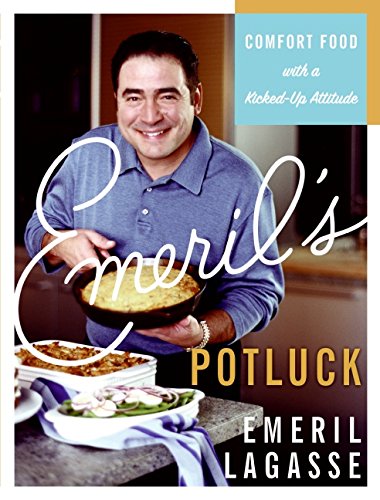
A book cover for Emeril's Potluck: Comfort Food with a Kicked-Up Attitude; Emeril Lagasse; Cookbooks, Food & Wine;